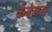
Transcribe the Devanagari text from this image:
केबेजस